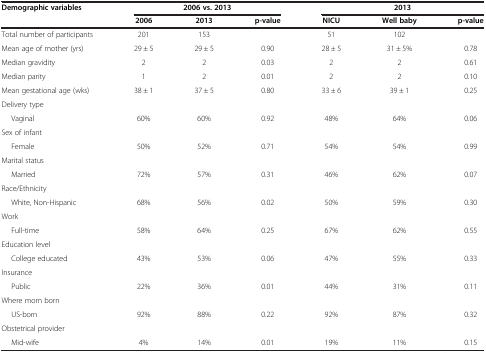
<table><thead><tr><td><b>Demographic variables</b></td><td colspan="3"><b>2006 vs. 2013</b></td><td colspan="3"><b>2013</b></td></tr><tr><td><b> </b></td><td><b>2006</b></td><td><b>2013</b></td><td><b>p-value</b></td><td><b>NICU</b></td><td><b>Well baby</b></td><td><b>p-value</b></td></tr></thead><tbody><tr><td>Total number of participants</td><td>201</td><td>153</td><td> </td><td>51</td><td>102</td><td> </td></tr><tr><td>Mean age of mother (yrs)</td><td>29 ± 5</td><td>29 ± 5</td><td>0.90</td><td>28 ± 5</td><td>31 ± 5%</td><td>0.78</td></tr><tr><td>Median gravidity</td><td>2</td><td>2</td><td>0.03</td><td>2</td><td>2</td><td>0.61</td></tr><tr><td>Median parity</td><td>1</td><td>2</td><td>0.01</td><td>2</td><td>2</td><td>0.10</td></tr><tr><td>Mean gestational age (wks)</td><td>38 ± 1</td><td>37 ± 5</td><td>0.80</td><td>33 ± 6</td><td>39 ± 1</td><td>0.25</td></tr><tr><td>Delivery type</td><td> </td><td> </td><td> </td><td> </td><td> </td><td> </td></tr><tr><td>Vaginal</td><td>60%</td><td>60%</td><td>0.92</td><td>48%</td><td>64%</td><td>0.06</td></tr><tr><td>Sex of infant</td><td> </td><td> </td><td> </td><td> </td><td> </td><td> </td></tr><tr><td>Female</td><td>50%</td><td>52%</td><td>0.71</td><td>54%</td><td>54%</td><td>0.99</td></tr><tr><td>Marital status</td><td> </td><td> </td><td> </td><td> </td><td> </td><td> </td></tr><tr><td>Married</td><td>72%</td><td>57%</td><td>0.31</td><td>46%</td><td>62%</td><td>0.07</td></tr><tr><td>Race/Ethnicity</td><td> </td><td> </td><td> </td><td> </td><td> </td><td> </td></tr><tr><td>White, Non-Hispanic</td><td>68%</td><td>56%</td><td>0.02</td><td>50%</td><td>59%</td><td>0.30</td></tr><tr><td>Work</td><td> </td><td> </td><td> </td><td> </td><td> </td><td> </td></tr><tr><td>Full-time</td><td>58%</td><td>64%</td><td>0.25</td><td>67%</td><td>62%</td><td>0.55</td></tr><tr><td>Education level</td><td> </td><td> </td><td> </td><td> </td><td> </td><td> </td></tr><tr><td>College educated</td><td>43%</td><td>53%</td><td>0.06</td><td>47%</td><td>55%</td><td>0.33</td></tr><tr><td>Insurance</td><td> </td><td> </td><td> </td><td> </td><td> </td><td> </td></tr><tr><td>Public</td><td>22%</td><td>36%</td><td>0.01</td><td>44%</td><td>31%</td><td>0.11</td></tr><tr><td>Where mom born</td><td> </td><td> </td><td> </td><td> </td><td> </td><td> </td></tr><tr><td>US-born</td><td>92%</td><td>88%</td><td>0.22</td><td>92%</td><td>87%</td><td>0.32</td></tr><tr><td>Obstetrical provider</td><td> </td><td> </td><td> </td><td> </td><td> </td><td> </td></tr><tr><td>Mid-wife</td><td>4%</td><td>14%</td><td>0.01</td><td>19%</td><td>11%</td><td>0.15</td></tr></tbody></table>